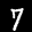
Label: 7